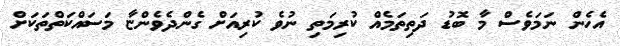
އެހެން ނަމަވެސް މާ ބޮޑު ދަތިތަމެއް ކުރިމަތި ނުވެ ކުރިއަށް ގެންދެވެންޏާ މަސައްކަތްތަކަށް